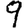
Digit: 9